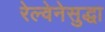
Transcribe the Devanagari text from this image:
रेल्वेनेसुद्धा